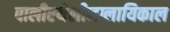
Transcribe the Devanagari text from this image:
पालीएथेलीनग्लायिकाल